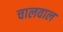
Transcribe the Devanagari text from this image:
चालवाल